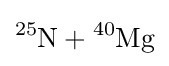
{\ce {^25N + ^40Mg}}